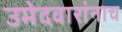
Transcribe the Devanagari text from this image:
उमेदवारांनाच